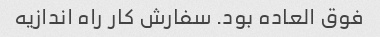
فوق العاده بود. سفارش کار راه اندازیه